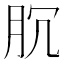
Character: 𰮐